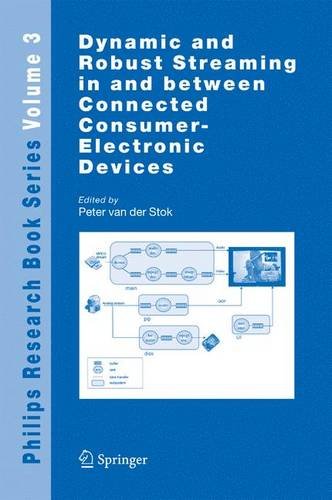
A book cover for Dynamic and Robust Streaming in and between Connected Consumer-Electronic Devices (Philips Research Book Series); Computers & Technology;